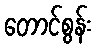
တောင်စွန်း